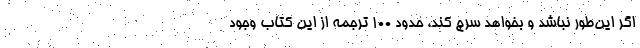
اگر این‌طور نباشد و بخواهد سرچ کند، حدود ۱۰۰ ترجمه از این کتاب وجود